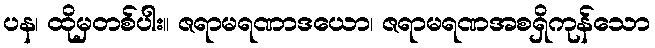
ပန၊ ထိုမှတစ်ပါး။ ဇရာမရဏာဒယော၊ ဇရာမရဏအစရှိကုန်သော